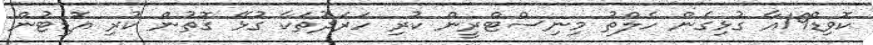
ކޮވިޑް19އާ ގުޅިގެން ހެލްތު މިނިސްޓްރީން ކުރި ހަރަދުތަކާ ގުޅޭ ގޮތުން ކުރި އޮޑިޓުން